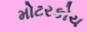
મોટરકોચ